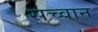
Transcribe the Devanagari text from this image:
सच्वान